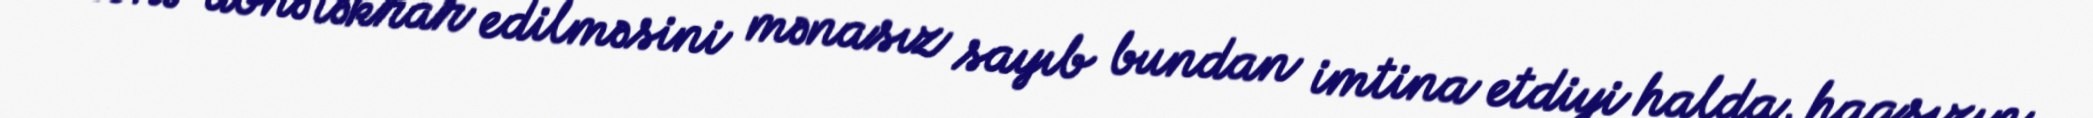
dönə-dönə təkrar edilməsini mənasız sayıb bundan imtina etdiyi halda, haqsızın